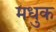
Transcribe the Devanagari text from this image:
मधुक